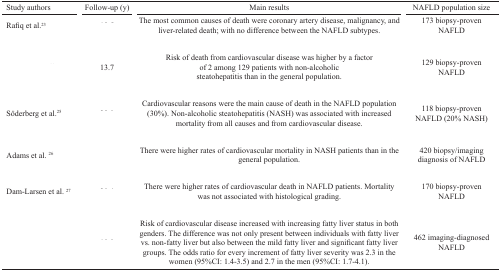
<table><thead><tr><td><b>Study authors</b></td><td><b>Follow-up (y)</b></td><td><b>Main results</b></td><td><b>NAFLD population size</b></td></tr></thead><tbody><tr><td>Rafiq et al.<sup>23</sup></td><td>[EMPTY_CELL]</td><td>The most common causes of death were coronary artery disease, malignancy, and liver-related death; with no difference between the NAFLD subtypes.</td><td>173 biopsy-proven NAFLD</td></tr><tr><td>[EMPTY_CELL]</td><td>13.7</td><td>Risk of death from cardiovascular disease was higher by a factorof 2 among 129 patients with non-alcoholicsteatohepatitis than in the general population.</td><td>129 biopsy-proven NAFLD</td></tr><tr><td>Söderberg et al.<sup>25</sup></td><td>[EMPTY_CELL]</td><td>Cardiovascular reasons were the main cause of death in the NAFLD population (30%). Non-alcoholic steatohepatitis (NASH) was associated with increased mortality from all causes and from cardiovascular disease.</td><td>118 biopsy-proven NAFLD (20% NASH)</td></tr><tr><td>Adams et al. <sup>26</sup></td><td>[EMPTY_CELL]</td><td>There were higher rates of cardiovascular mortality in NASH patients than in the general population.</td><td>420 biopsy/imaging diagnosis of NAFLD</td></tr><tr><td>Dam-Larsen et al. <sup>27</sup></td><td>[EMPTY_CELL]</td><td>There were higher rates of cardiovascular death in NAFLD patients. Mortality was not associated with histological grading.</td><td>170 biopsy-provenNAFLD</td></tr><tr><td>[EMPTY_CELL]</td><td>[EMPTY_CELL]</td><td>Risk of cardiovascular disease increased with increasing fatty liver status in both genders. The difference was not only present between individuals with fatty liver vs. non-fatty liver but also between the mild fatty liver and significant fatty liver groups. The odds ratio for every increment of fatty liver severity was 2.3 in the women (95%CI: 1.4-3.5) and 2.7 in the men (95%CI: 1.7-4.1).</td><td>462 imaging-diagnosed NAFLD</td></tr></tbody></table>